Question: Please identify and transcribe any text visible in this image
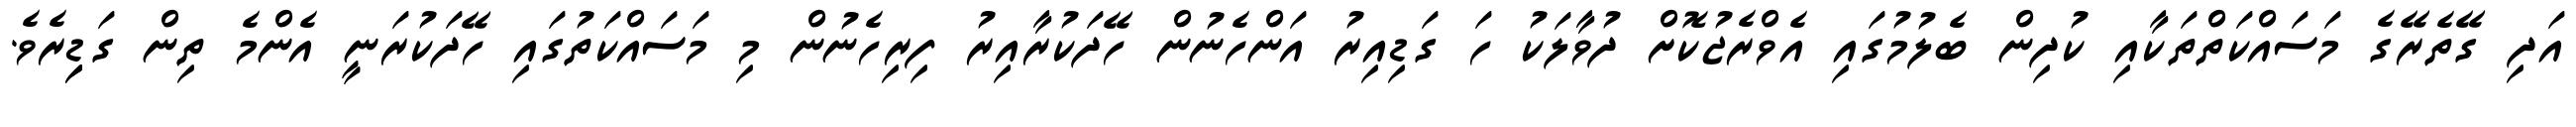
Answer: އަދި ގޭތެރޭގެ މަސައްކަތްތަކާއި ކުދިން ބެލުމުގައި އެވްރެޖުކޮށް ދުވާލަކު ހަ ގަޑިއިރު އަންހެނުން ހޭދަކުރާއިރު ފިރިހެނުން މި މަސައްކަތުގައި ހޭދަކުރަނީ އެންމެ ތިން ގަޑިިރެވެ.